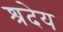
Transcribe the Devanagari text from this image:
श्रदेय